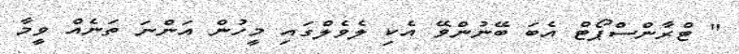
" ޓްރާންސްޕޯޓް އެބަ ބޭނުންވޭ އެކި ލެވެލްގައި މީހުން އަންނަ ތަނެއް ވީމާ